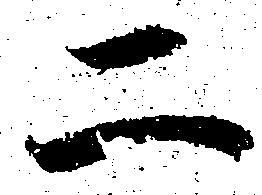
二